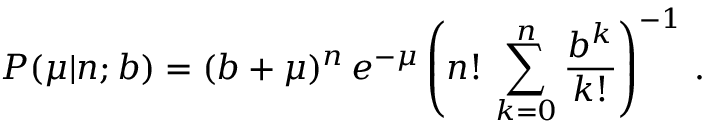
P ( \mu | n ; b ) = ( b + \mu ) ^ { n } \, e ^ { - \mu } \left( \displaystyle n ! \, \sum _ { k = 0 } ^ { n } \frac { b ^ { k } } { k ! } \right) ^ { - 1 } \, .